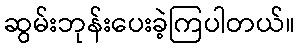
ဆွမ်းဘုန်းပေးခဲ့ကြပါတယ်။